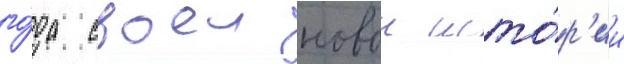
го́да своеи новои исто́р'ии